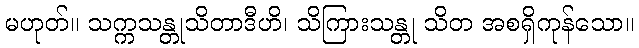
မဟုတ်။ သက္ကသန္တုသိတာဒီဟိ၊ သိကြားသန္တု သိတ အစရှိကုန်သော။